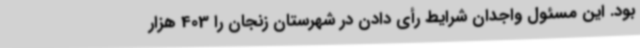
بود. این مسئول واجدان شرایط رأی دادن در شهرستان زنجان را 403 هزار